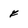
Character: f